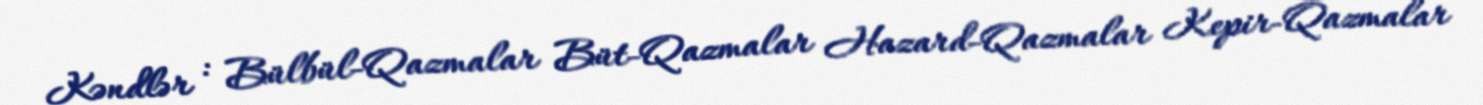
Kəndlər : Bülbül-Qazmalar Büt-Qazmalar Hazard-Qazmalar Kepir-Qazmalar